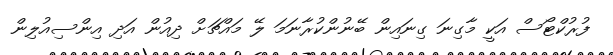
ފުރުކްޓޯސް އަކީ މާގިނަ ގިނައިން ބޭނުންކުރާނަމަ ލޭ މައްޗަށް ދިއުން އަދި އިންސިއުލިން